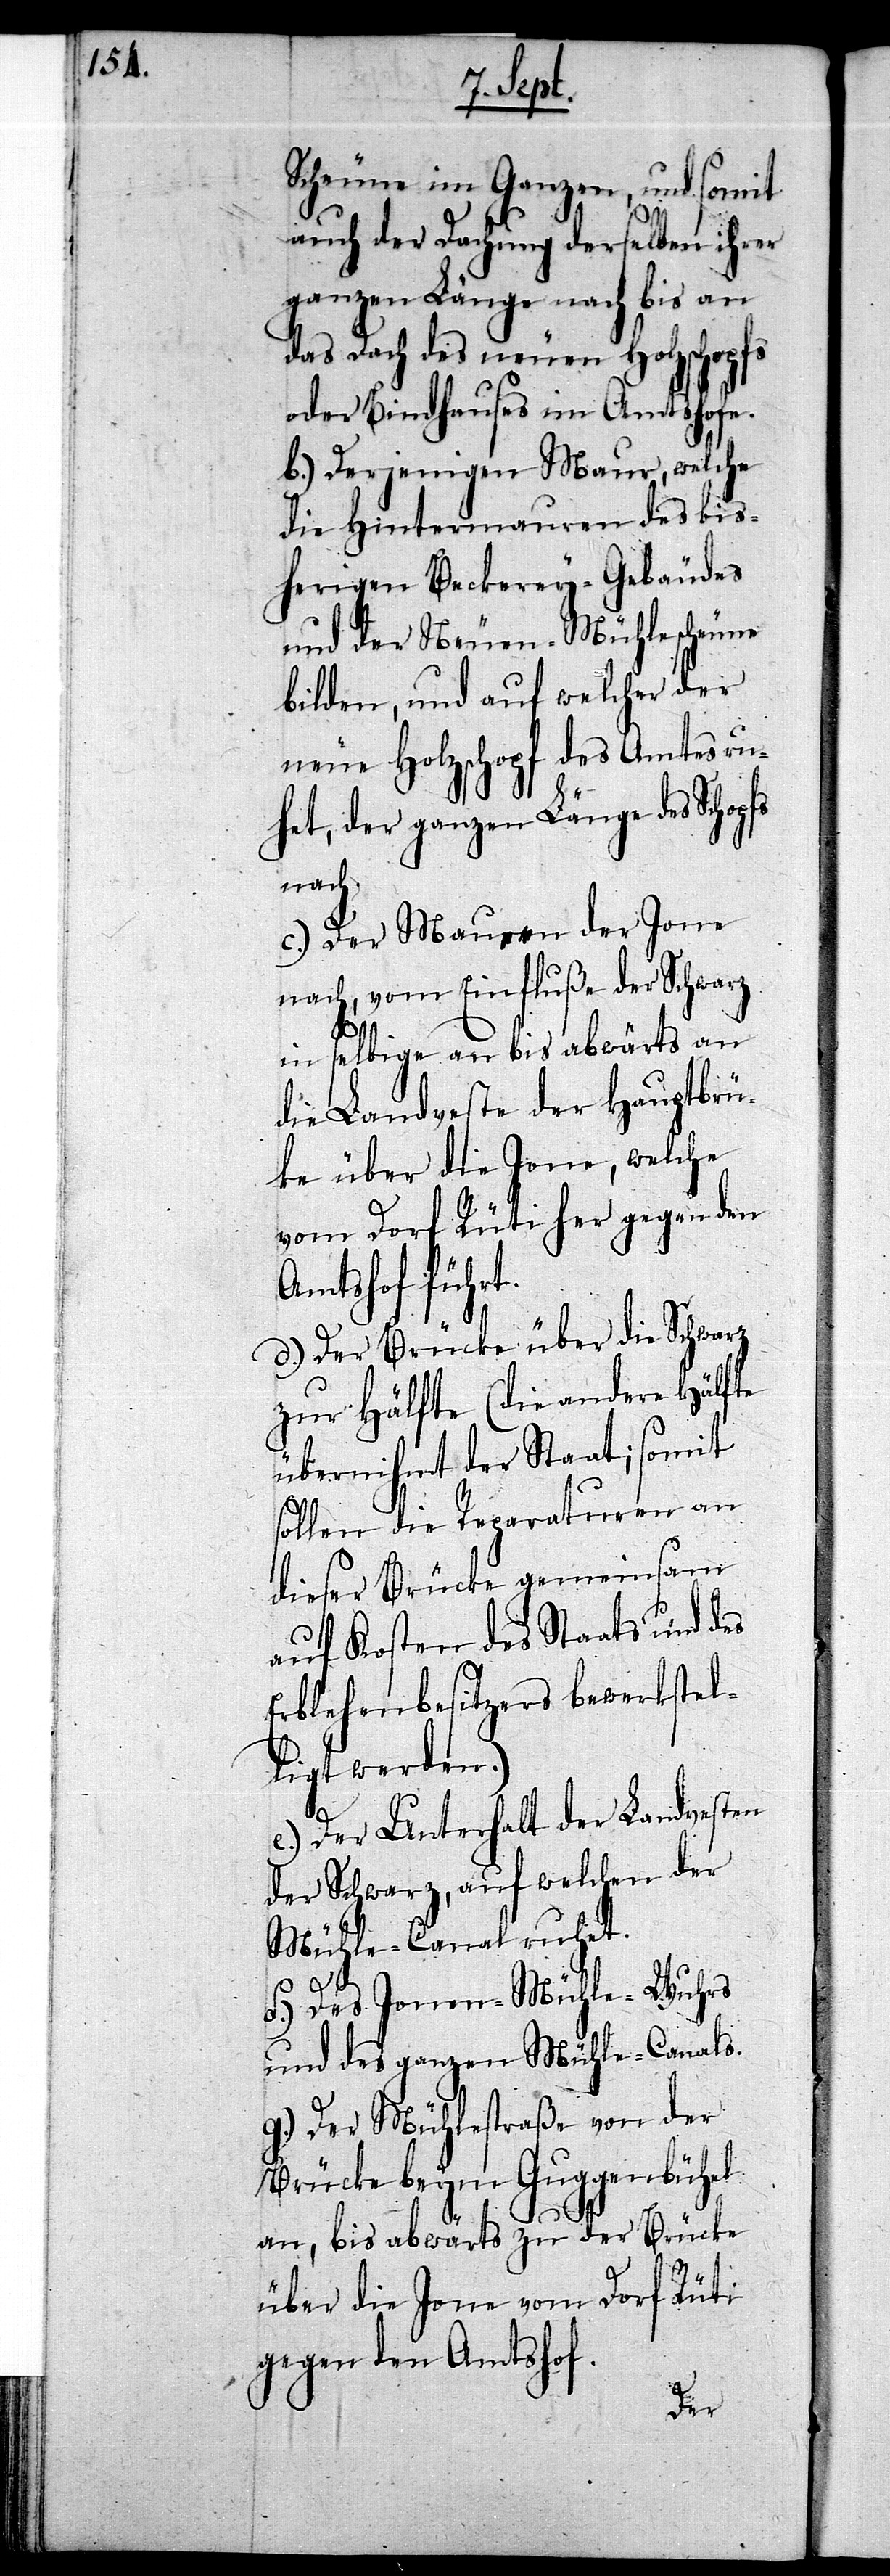
Scheune im Ganzen, und somit
auch der Dachung derselben ihrer
ganzen Länge nach bis an
das Dach des neuen Holzschopfs
oder Bindhauses im Amtshofe.
b.) Derjenigen Maur, welche
die Hintermauren des bis¬
herigen Beckerey-Gebäudes
und der Neuen-Mühlescheune
bilden, und auf welcher der
neue Holzschopf des Amtes ru¬
het, der ganzen Länge des Schopfs
nach.
c.) Der Mau[re]n der Jone
nach, vom Einfluße der Schwarz
in selbige an bis abwärts an
die Landveste der Hauptbrü¬
ke über die Jone, welche
vom Dorf Rüti her gegen den
Amtshof führt.
d.) Der Brücke über die Schwarz
zur Hälfte (die andere Hälfte
übernihmt der Staat; somit
sollen die Reparaturen an
dieser Brücke gemeinsam
auf Kosten des Staats und des
Erblehenbesitzers bewerkstel¬
ligt werden.)
e.) Der Unterhalt der Landvesten
der Schwarz, auf welchen der
Mühle-Canal ruhet.
f.) Des Jonen-Mühle-Wuhrs
und des ganzen Mühle-Canals.
g.) Der Mühlestraße von der
Brücke beym Guggenbühel
an, bis abwärts zu der Brücke
über die Jone vom Dorf Rüti
gegen den Amtshof.